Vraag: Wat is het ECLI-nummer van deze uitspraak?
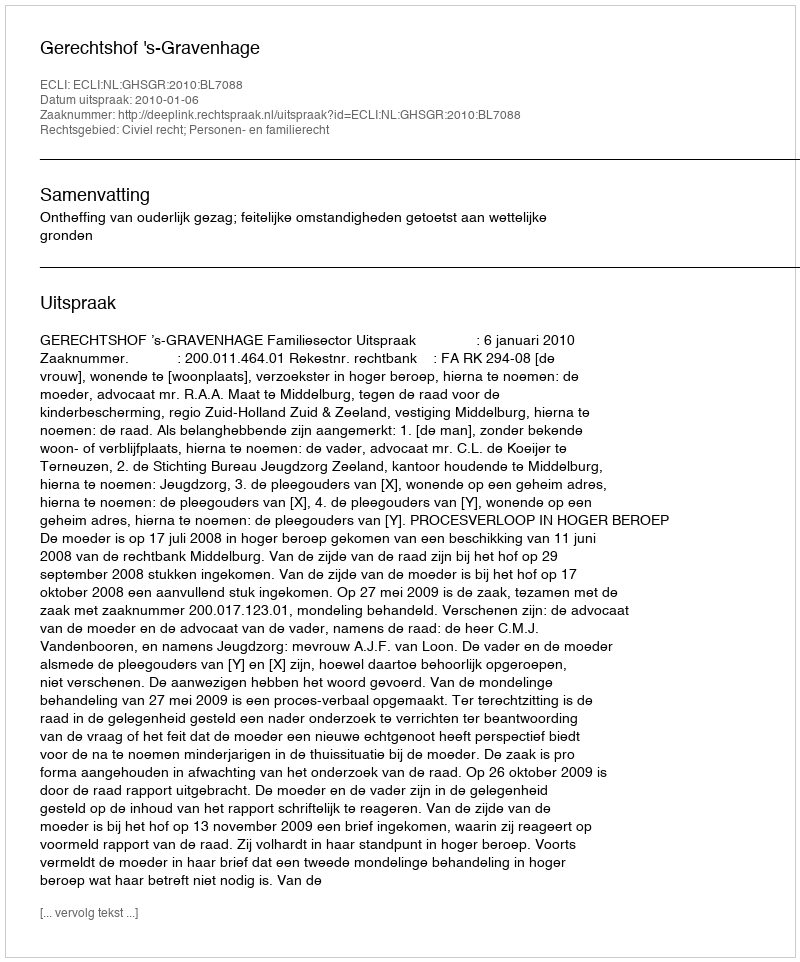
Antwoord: ECLI:NL:GHSGR:2010:BL7088